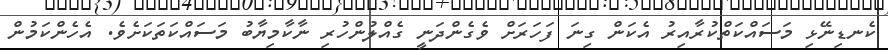
ކެނޑިނޭޅި މަސައްކަތްކުރާއިރު އެކަން ގިނަ ފަހަރަށް ވެގެންދަނީ ގެއްލުންހުރި ނާކާމިޔާބު މަސައްކަތަކަށެވެ. އެހެންކަމުން